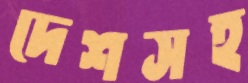
দেশসহ